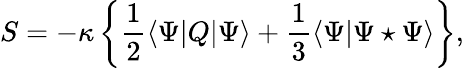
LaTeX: S=-\kappa\left\{ \frac 12\langle\Psi|Q|\Psi\rangle+\frac 13\langle\Psi|\Psi\star\Psi\rangle\right\} ,